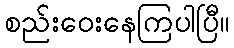
စည်းဝေးနေကြပါပြီ။